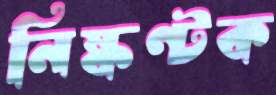
নিষ্কণ্টক